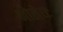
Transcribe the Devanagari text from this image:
नोरोधः